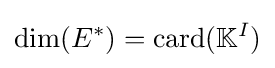
\operatorname {dim} (E^{*})=\operatorname {card} (\mathbb {K} ^{I})